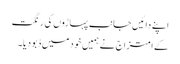
اپنے دائیں جانب پہاڑوں کی رنگت
کے امتزاج نے ہمیں خود میں ڈبو دیا۔